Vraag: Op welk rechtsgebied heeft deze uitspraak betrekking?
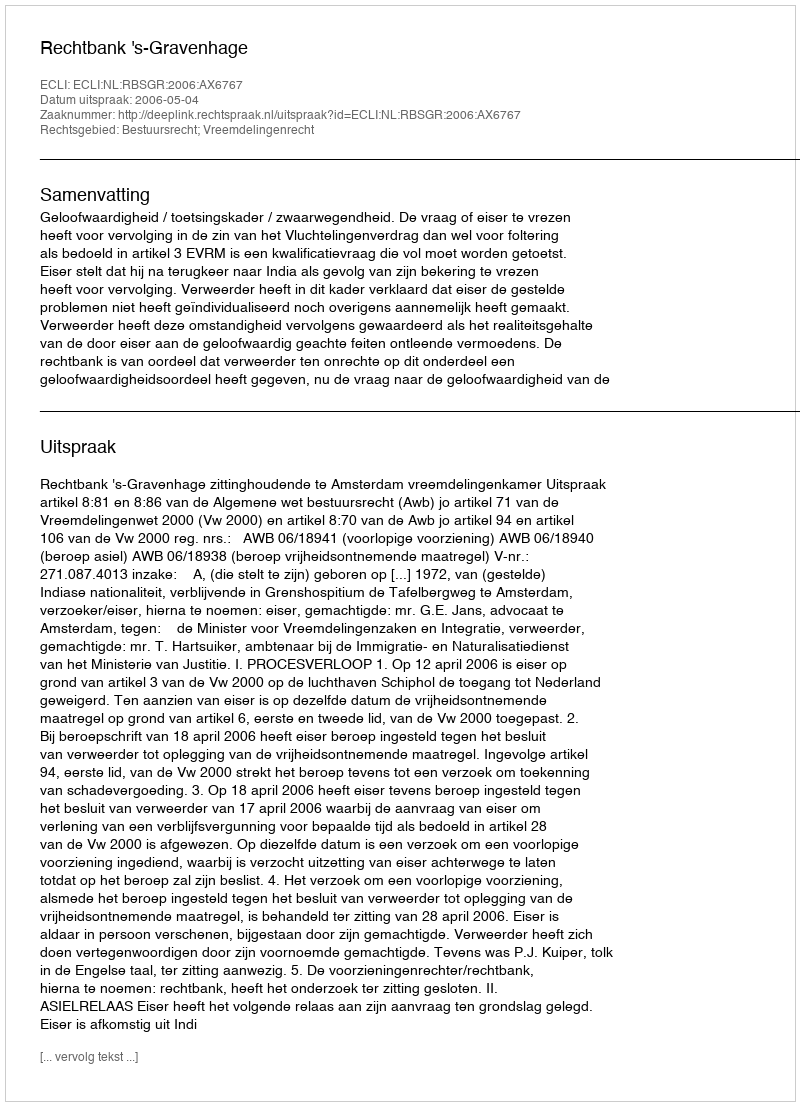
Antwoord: Bestuursrecht; Vreemdelingenrecht